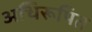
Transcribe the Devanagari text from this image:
अधिरूपित